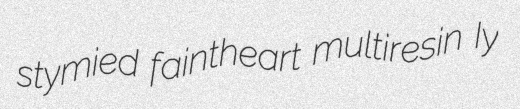
stymied faintheart multiresin Iy